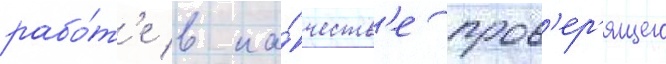
рабо́т'е в ка́честв'е пров'ер'ящего